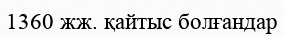
1360 жж. қайтыс болғандар